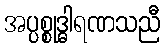
အပ္ပစ္စုဒ္ဓါရဏသညီ